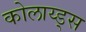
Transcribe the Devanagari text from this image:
कोलाय्ड्स